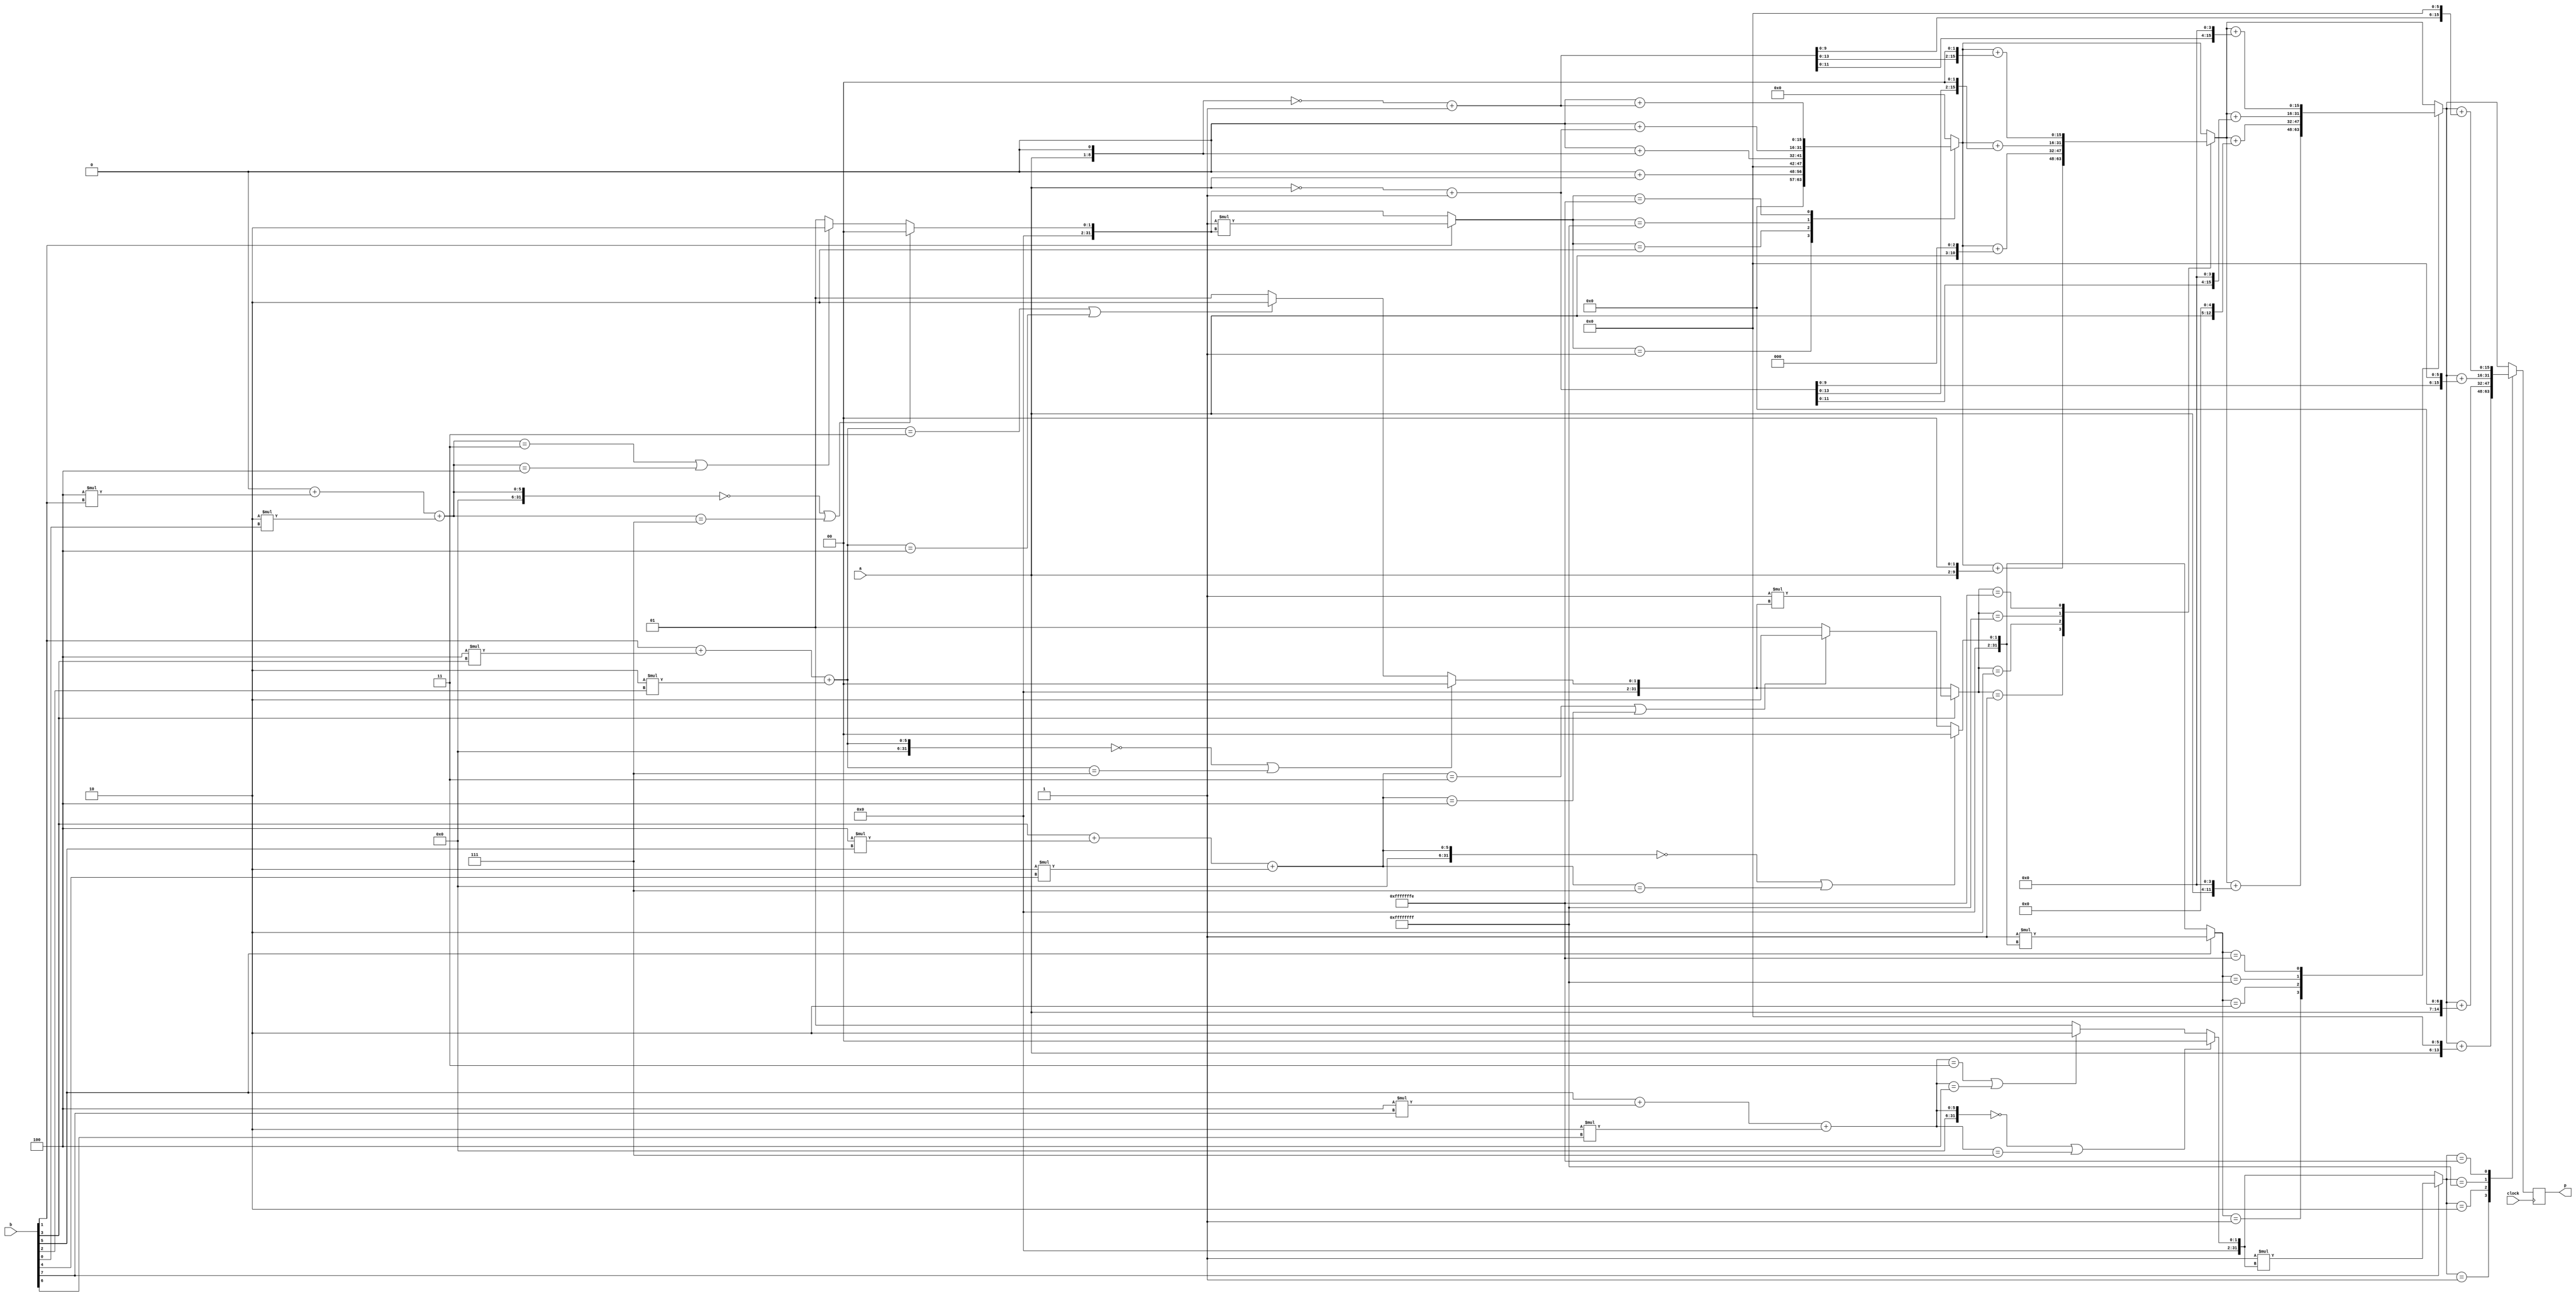
module MBA_module(p,a,b,clock);
    output [15:0] p;
    input [7:0]  a, b;
    input clock;
    reg [15:0] p,ans;

    integer i, lookup_tbl;
    integer operate;

    initial
    begin
        p=16'b0;
        ans=16'b0;
    end

    always @(negedge clock)
    begin
        p=16'b0;
        for(i=1;i<=7;i=i+2)
        begin
            if(i==1)
                lookup_tbl = 0;
            else
                lookup_tbl = b[i-2];

            lookup_tbl = lookup_tbl + 4*b[i] + 2*b[i-1]; 

            if(lookup_tbl == 0 || lookup_tbl == 7)
                operate = 0;
            else if(lookup_tbl == 3 || lookup_tbl == 4)
                operate = 2;
            else
                operate = 1;
            if(b[i] == 1)
                operate = -1*operate;

            case(operate)
            1:
                begin
                    ans=a;
                    ans=ans<<(i-1);
                    p=p+ans;
                end
            2:
                begin
                    ans=a<<1;
                    ans=ans<<(i-1);
                    p=p+ans;
                end
            -1:
                begin
                    ans=~a+1;
                    ans=ans<<(i-1);
                    p=p+ans;
                end
            -2:
                begin
                    ans=a<<1;
                    ans=~ans+1;
                    ans=ans<<(i-1);
                    p=p+ans;
                end
            endcase
        end
    end
endmodule